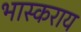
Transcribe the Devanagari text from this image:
भास्कराय